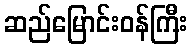
ဆည်မြောင်းဝန်ကြီး